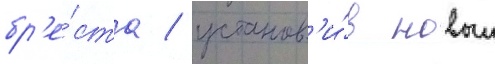
бр'е́ста / установ'и́в новыи